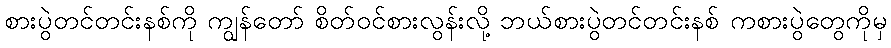
စားပွဲတင်တင်းနစ်ကို ကျွန်တော် စိတ်ဝင်စားလွန်းလို့ ဘယ်စားပွဲတင်တင်းနစ် ကစားပွဲတွေကိုမှ